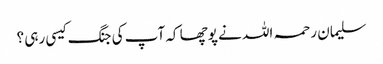
سلیمان رحمہ اللہ نے پوچھا کہ آپ کی جنگ کیسی رہی ؟